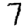
Digit: 7